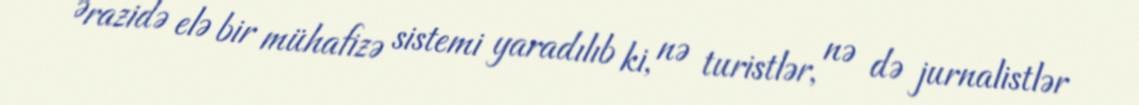
Ərazidə elə bir mühafizə sistemi yaradılıb ki, nə turistlər, nə də jurnalistlər